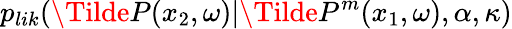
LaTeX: p_{lik}(\Tilde{P}(x_{2},\omega)|\Tilde{P}^{m}(x_{1},\omega),\alpha,\kappa)